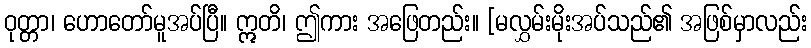
ဝုတ္တာ၊ ဟောတော်မူအပ်ပြီ။ ဣတိ၊ ဤကား အဖြေတည်း။ [မလွှမ်းမိုးအပ်သည်၏ အဖြစ်မှာလည်း